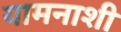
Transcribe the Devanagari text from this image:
यामनाशी